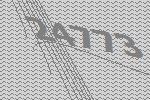
24773